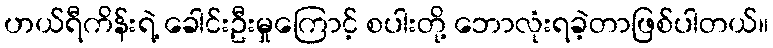
ဟယ်ရီကိန်းရဲ့ ခေါင်းဦးမှုကြောင့် စပါးတို့ ဘောလုံးရခဲ့တာဖြစ်ပါတယ်။